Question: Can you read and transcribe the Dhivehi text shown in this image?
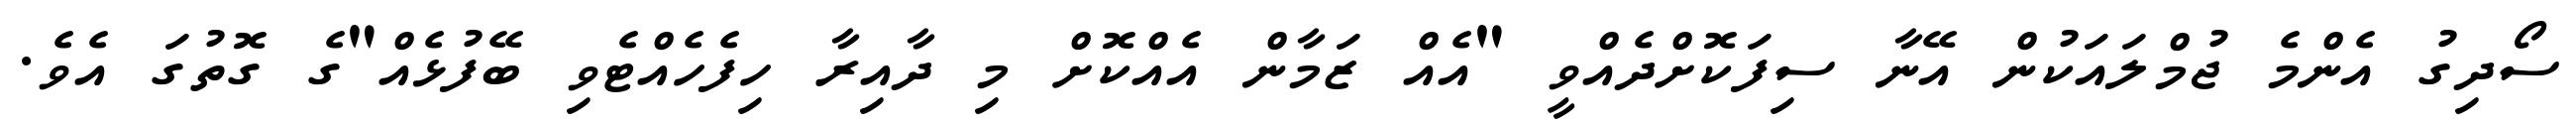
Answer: ސޯދިގު އެންމެ ޖުމްލައަކުން އޭނާ ސިފަކޮށްދެއްވީ "އެއް ޒަމާން އެއްކޮށް މި ދާއިރާ ހިފެހެއްޓެވި ބޭފުޅެއް"ގެ ގޮތުގަ އެވެ.